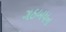
ગઠબધન